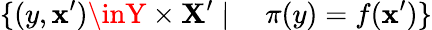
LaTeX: \{ (y,\mathbf{x}^{\prime})\inY\times\mathbf{X}^{\prime}\mid\quad\pi(y)=f(\mathbf{x}^{\prime})\}